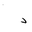
Letter: _dal